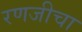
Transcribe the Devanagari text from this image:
रणजीचा